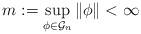
LaTeX: \begin{align*}m := \sup_{\phi \in \mathcal{G}_n} \|\phi\| < \infty\end{align*}